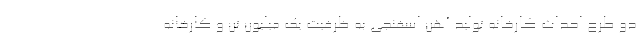
دو طرح احداث کارخانه تولید آهن اسفنجی به ظرفیت یک میلیون تن و کارخانه